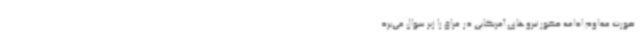
صورت مداوم ادامه حضور نیروهای آمریکایی در عراق را زیر سوال می‌برد.